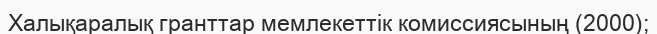
Халықаралық гранттар мемлекеттік комиссиясының (2000);